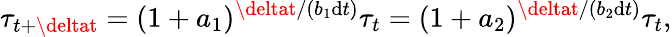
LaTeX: \tau_{t+\deltat}=(1+a_{1})^{\deltat/(b_{1}\mathrm{d}t)}\tau_{t}=(1+a_{2})^{\deltat/(b_{2}\mathrm{d}t)}\tau_{t},